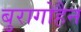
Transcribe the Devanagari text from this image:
बुरागोहैन